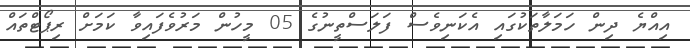
އިއްޔެ ދިން ހަމަލާތަކުގައި އެކަނިވެސް ފަލަސްތީނުގެ 05 މީހުން މަރުވެފައިވާ ކަމަށް ރިޕޯޓްތައް